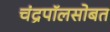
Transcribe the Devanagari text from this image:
चंद्रपॉलसोबत